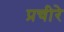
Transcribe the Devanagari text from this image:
प्रचीरे